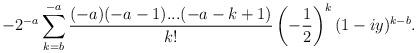
LaTeX: \begin{align*}-2^{-a}\sum_{k=b}^{-a} \frac{(-a)(-a-1)...(-a-k+1)}{k!}\left(-\frac{1}{2}\right)^{k}(1-iy)^{k-b}.\end{align*}